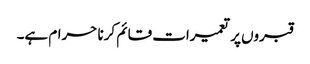
قبروں پر تعمیرات قائم کرنا حرام ہے۔